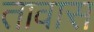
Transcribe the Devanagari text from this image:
तावास